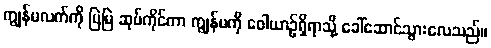
ကျွန်မလက်ကို မြဲမြဲ ဆုပ်ကိုင်ကာ ကျွန်မကို ဝေါယာဉ်ရှိရာသို့ ခေါ်ဆောင်သွားလေသည်။